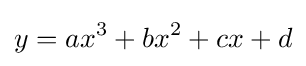
y=ax^{3}+bx^{2}+cx+d